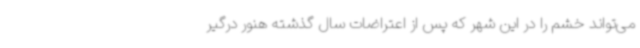
می‌تواند خشم را در این شهر که پس از اعتراضات سال گذشته هنور درگیر